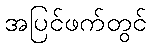
အပြင်ဖက်တွင်